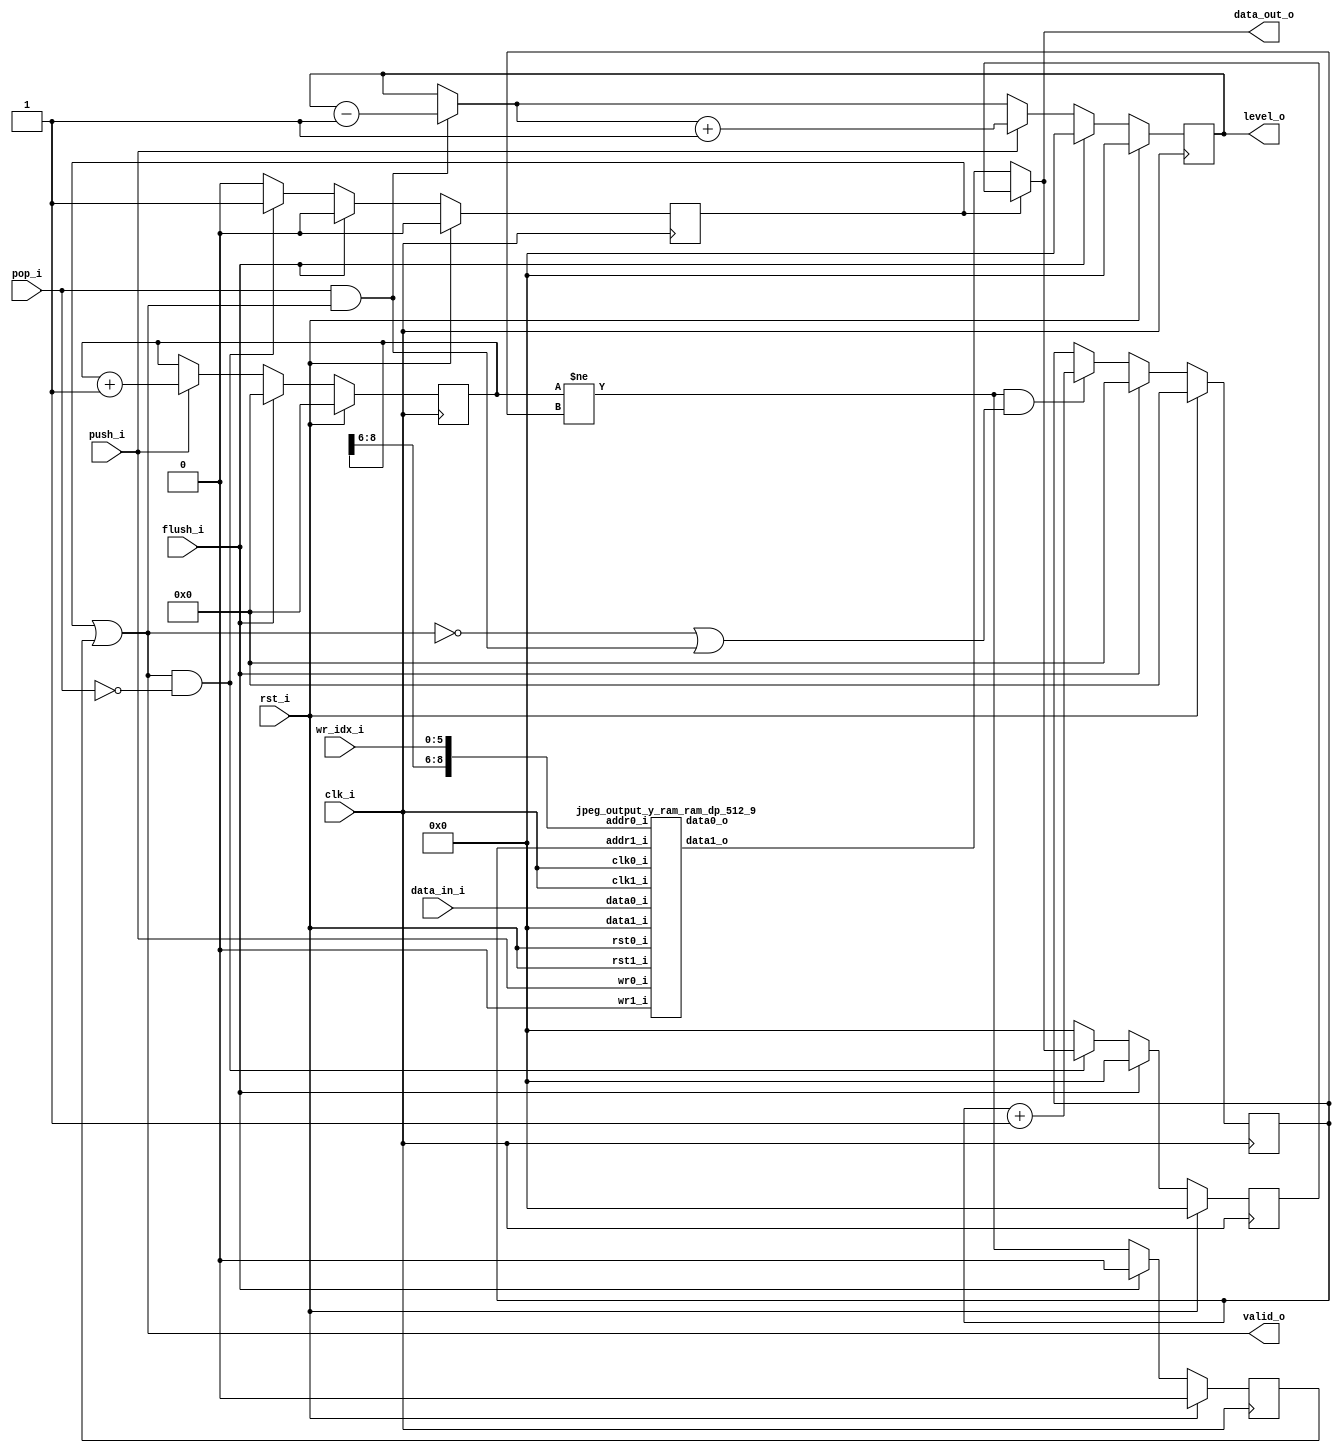
//-----------------------------------------------------------------
//                      Baseline JPEG Decoder
//                             V0.1
//                       Ultra-Embedded.com
//                        Copyright 2020
//
//                   admin@ultra-embedded.com
//-----------------------------------------------------------------
//                      License: Apache 2.0
// This IP can be freely used in commercial projects, however you may
// want access to unreleased materials such as verification environments,
// or test vectors, as well as changes to the IP for integration purposes.
// If this is the case, contact the above address.
// I am interested to hear how and where this IP is used, so please get
// in touch!
//-----------------------------------------------------------------
// Copyright 2020 Ultra-Embedded.com
// 
// Licensed under the Apache License, Version 2.0 (the "License");
// you may not use this file except in compliance with the License.
// You may obtain a copy of the License at
// 
//     http://www.apache.org/licenses/LICENSE-2.0
// 
// Unless required by applicable law or agreed to in writing, software
// distributed under the License is distributed on an "AS IS" BASIS,
// WITHOUT WARRANTIES OR CONDITIONS OF ANY KIND, either express or implied.
// See the License for the specific language governing permissions and
// limitations under the License.
//-----------------------------------------------------------------

module jpeg_output_y_ram
(
    // Inputs
     input           clk_i
    ,input           rst_i
    ,input  [  5:0]  wr_idx_i
    ,input  [ 31:0]  data_in_i
    ,input           push_i
    ,input           pop_i
    ,input           flush_i

    // Outputs
    ,output [ 31:0]  data_out_o
    ,output          valid_o
    ,output [ 31:0]  level_o
);



//-----------------------------------------------------------------
// Registers
//-----------------------------------------------------------------
reg [8:0]   rd_ptr_q;
reg [8:0]   wr_ptr_q;

//-----------------------------------------------------------------
// Write Side
//-----------------------------------------------------------------
wire [8:0] write_next_w = wr_ptr_q + 9'd1;

always @ (posedge clk_i )
if (rst_i)
    wr_ptr_q <= 9'b0;
else if (flush_i)
    wr_ptr_q <= 9'b0;
// Push
else if (push_i)
    wr_ptr_q <= write_next_w;

//-----------------------------------------------------------------
// Read Side
//-----------------------------------------------------------------
wire read_ok_w = (wr_ptr_q != rd_ptr_q);
reg  rd_q;

always @ (posedge clk_i )
if (rst_i)
    rd_q <= 1'b0;
else if (flush_i)
    rd_q <= 1'b0;
else
    rd_q <= read_ok_w;

wire [8:0] rd_ptr_next_w = rd_ptr_q + 9'd1;

always @ (posedge clk_i )
if (rst_i)
    rd_ptr_q <= 9'b0;
else if (flush_i)
    rd_ptr_q <= 9'b0;
else if (read_ok_w && ((!valid_o) || (valid_o && pop_i)))
    rd_ptr_q <= rd_ptr_next_w;

wire [8:0] rd_addr_w = rd_ptr_q;

//-------------------------------------------------------------------
// Read Skid Buffer
//-------------------------------------------------------------------
reg                rd_skid_q;
reg [31:0] rd_skid_data_q;

always @ (posedge clk_i )
if (rst_i)
begin
    rd_skid_q <= 1'b0;
    rd_skid_data_q <= 32'b0;
end
else if (flush_i)
begin
    rd_skid_q <= 1'b0;
    rd_skid_data_q <= 32'b0;
end
else if (valid_o && !pop_i)
begin
    rd_skid_q      <= 1'b1;
    rd_skid_data_q <= data_out_o;
end
else
begin
    rd_skid_q      <= 1'b0;
    rd_skid_data_q <= 32'b0;
end

//-------------------------------------------------------------------
// Combinatorial
//-------------------------------------------------------------------
assign valid_o       = rd_skid_q | rd_q;

//-------------------------------------------------------------------
// Dual port RAM
//-------------------------------------------------------------------
wire [31:0] data_out_w;

jpeg_output_y_ram_ram_dp_512_9
u_ram
(
    // Inputs
    .clk0_i(clk_i),
    .rst0_i(rst_i),
    .clk1_i(clk_i),
    .rst1_i(rst_i),

    // Write side
    .addr0_i({wr_ptr_q[8:6], wr_idx_i}),
    .wr0_i(push_i),
    .data0_i(data_in_i),
    .data0_o(),

    // Read side
    .addr1_i(rd_addr_w),
    .data1_i(32'b0),
    .wr1_i(1'b0),
    .data1_o(data_out_w)
);

assign data_out_o = rd_skid_q ? rd_skid_data_q : data_out_w;


//-------------------------------------------------------------------
// Level
//-------------------------------------------------------------------
reg [31:0]  count_q;
reg [31:0]  count_r;

always @ *
begin
    count_r = count_q;

    if (pop_i && valid_o)
        count_r = count_r - 32'd1;

    if (push_i)
        count_r = count_r + 32'd1;
end

always @ (posedge clk_i )
if (rst_i)
    count_q   <= 32'b0;
else if (flush_i)
    count_q   <= 32'b0;
else
    count_q <= count_r;

assign level_o = count_q;

endmodule

//-------------------------------------------------------------------
// Dual port RAM
//-------------------------------------------------------------------
module jpeg_output_y_ram_ram_dp_512_9
(
    // Inputs
     input           clk0_i
    ,input           rst0_i
    ,input  [ 8:0]  addr0_i
    ,input  [ 31:0]  data0_i
    ,input           wr0_i
    ,input           clk1_i
    ,input           rst1_i
    ,input  [ 8:0]  addr1_i
    ,input  [ 31:0]  data1_i
    ,input           wr1_i

    // Outputs
    ,output [ 31:0]  data0_o
    ,output [ 31:0]  data1_o
);

/* verilator lint_off MULTIDRIVEN */
reg [31:0]   ram [511:0] /*verilator public*/;
/* verilator lint_on MULTIDRIVEN */

reg [31:0] ram_read0_q;
reg [31:0] ram_read1_q;

// Synchronous write
always @ (posedge clk0_i)
begin
    if (wr0_i)
        ram[addr0_i] <= data0_i;

    ram_read0_q <= ram[addr0_i];
end

always @ (posedge clk1_i)
begin
    if (wr1_i)
        ram[addr1_i] <= data1_i;

    ram_read1_q <= ram[addr1_i];
end

assign data0_o = ram_read0_q;
assign data1_o = ram_read1_q;



endmodule